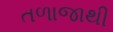
તળાજાથી